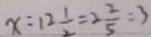
x : 1 2 \frac { 1 } { 2 } = 2 \frac { 2 } { 5 } = 3